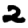
Digit: 2